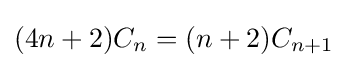
(4n+2)C_{n}=(n+2)C_{n+1}